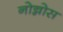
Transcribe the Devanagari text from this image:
नोन्नोस